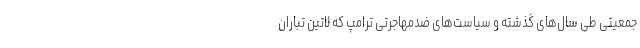
جمعیتی طی سال‌های گذشته و سیاست‌های ضدمهاجرتی ترامپ که لاتین تباران